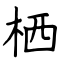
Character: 栖